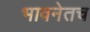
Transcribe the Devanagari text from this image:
भावनेतच